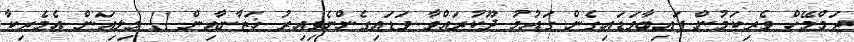
ޖަމްމޭހް ވެރިކަމުން ފައިބާވަޑައިގެން ގައުމު ދޫކުރައްވާ ވަޑައިގެންނެވިއިރު ޚަޒާނާއިން 11 މިލިއަން އެމެރިކާ